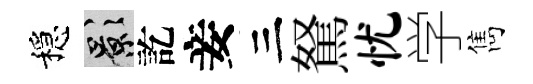
穩影訖妾三駑忧学雋